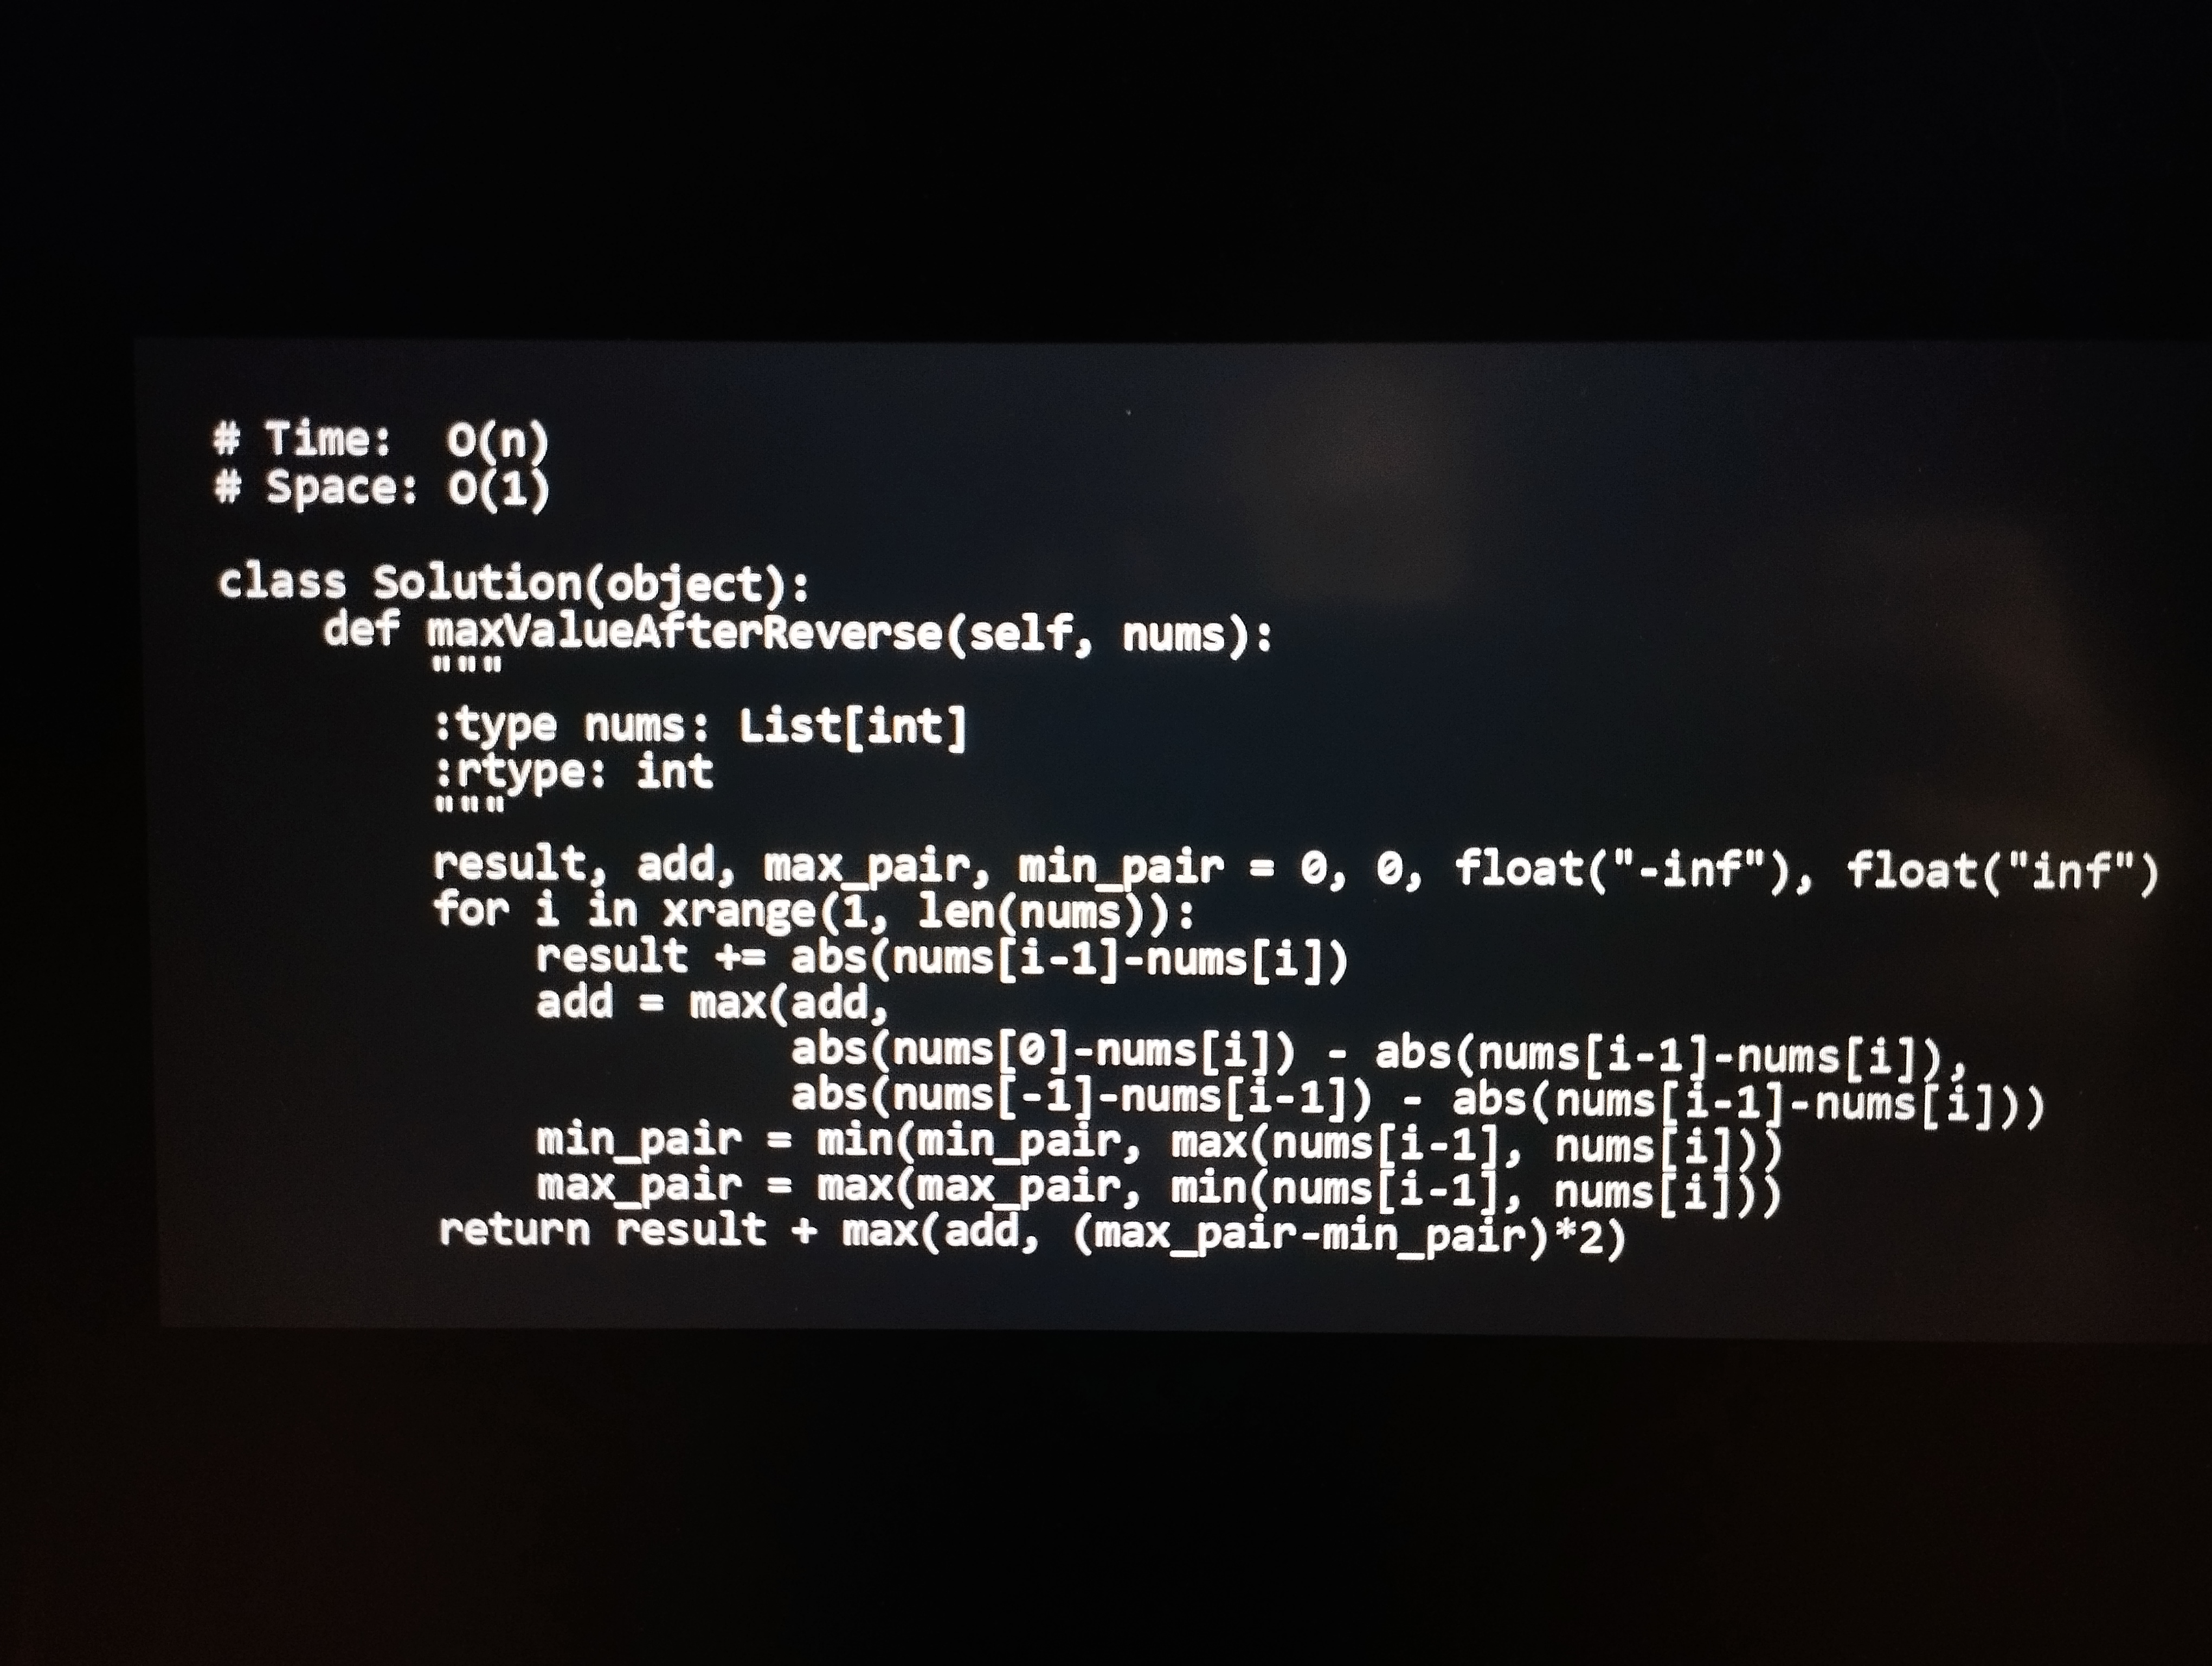
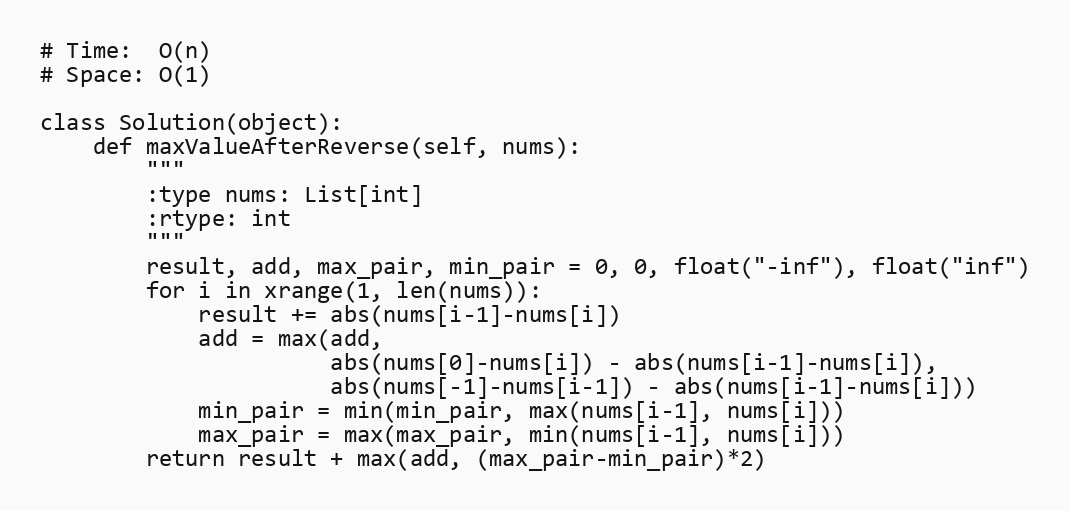
# Time:  O(n)
# Space: O(1)

class Solution(object):
    def maxValueAfterReverse(self, nums):
        """
        :type nums: List[int]
        :rtype: int
        """
        result, add, max_pair, min_pair = 0, 0, float("-inf"), float("inf")
        for i in xrange(1, len(nums)):
            result += abs(nums[i-1]-nums[i])
            add = max(add,
                      abs(nums[0]-nums[i]) - abs(nums[i-1]-nums[i]),
                      abs(nums[-1]-nums[i-1]) - abs(nums[i-1]-nums[i]))
            min_pair = min(min_pair, max(nums[i-1], nums[i]))
            max_pair = max(max_pair, min(nums[i-1], nums[i]))
        return result + max(add, (max_pair-min_pair)*2)